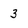
Character: 3